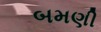
બમણી